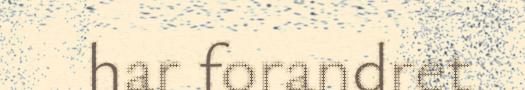
har forandret